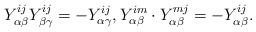
LaTeX: \begin{align*}Y_{\alpha\beta}^{ij}Y_{\beta\gamma}^{ij} = -Y_{\alpha\gamma}^{ij},Y_{\alpha\beta}^{im}\cdot Y_{\alpha\beta}^{mj} = -Y_{\alpha\beta}^{ij}.\end{align*}